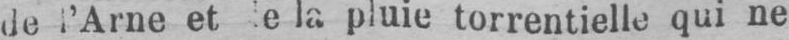
la pluie torrentielle qui ne